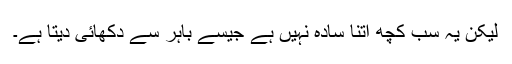
لیکن یہ سب کچھ اتنا سادہ نہیں ہے جیسے باہر سے دکھائی دیتا ہے۔